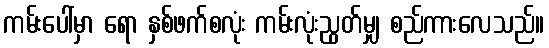
ကမ်းပေါ်မှာ ရော နှစ်ဖက်စလုံး ကမ်းလုံးညွတ်မျှ စည်ကားလေသည်။